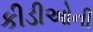
કીડીઓની